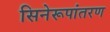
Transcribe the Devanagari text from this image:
सिनेरूपांतरण